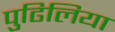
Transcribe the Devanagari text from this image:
पुढिलिया